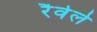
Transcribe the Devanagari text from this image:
रैवेले